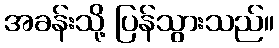
အခန်းသို့ ပြန်သွားသည်။